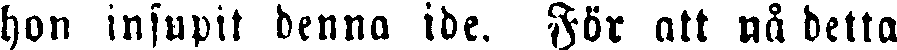
hon insupit denna ide. För att nå detta